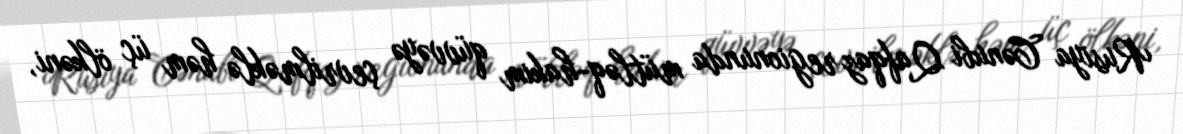
Rusiya Cənubi Qafqaz regionunda mütləq-hakim qüvvəyə çevrilməklə həm üç ölkəni,